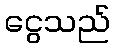
ငွေသည်